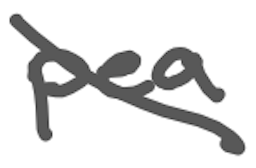
Text: pea
Cross-out: mix
Writing tool: digital_gray